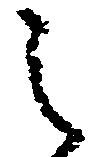
之